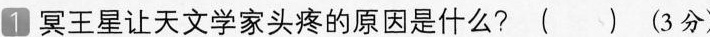
1 冥王星让天文学家头疼的原因是什么? ( ) (3分)